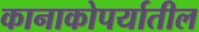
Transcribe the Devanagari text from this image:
कानाकोपर्यातील